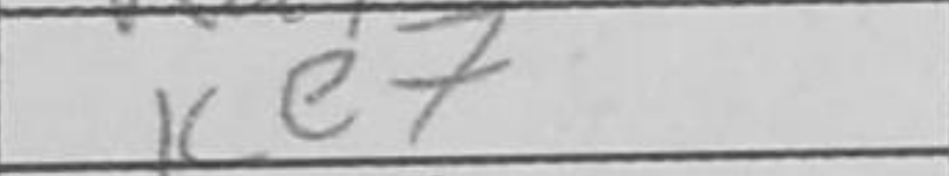
Transcription: Ke7